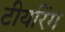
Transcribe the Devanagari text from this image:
टीयरिंग